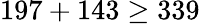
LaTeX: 197+143\geq 339